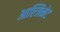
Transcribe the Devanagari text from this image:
आल्जिनेट